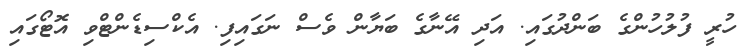
ހުރީ ފުލުހުންގެ ބަންދުގައި. އަދި އޭނާގެ ބަޔާން ވެސް ނަގައިފި. އެކްސިޑެންޓްވި އޮޓޯގައި